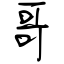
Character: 哥